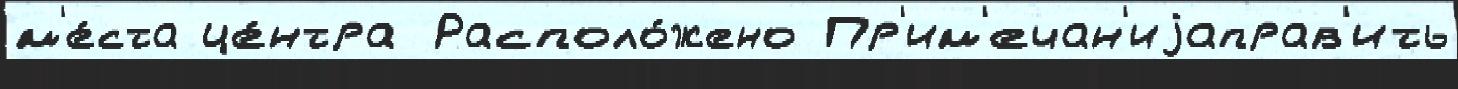
м'е́ста це́нтра Располо́жено Пр'им'ечан'иjаправ'ить